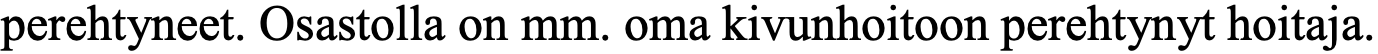
perehtyneet. Osastolla on mm. oma kivunhoitoon perehtynyt hoitaja.